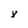
Character: x